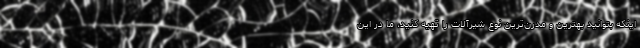
اینکه بتوانید بهترین و مدرن‌ترین نوع شیرآلات را تهیه کنید، ما در این